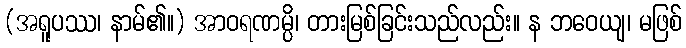
(အရူပဿ၊ နာမ်၏။) အာဝရဏမ္ပိ၊ တားမြစ်ခြင်းသည်လည်း။ န ဘဝေယျ၊ မဖြစ်